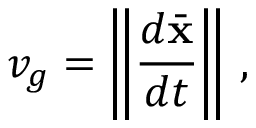
v _ { g } = \left\| \frac { d \bar { \bf x } } { d t } \right\| \, ,